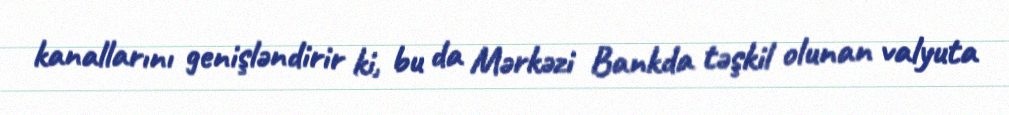
kanallarını genişləndirir ki, bu da Mərkəzi Bankda təşkil olunan valyuta